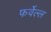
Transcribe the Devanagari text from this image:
फर्वेल्ल